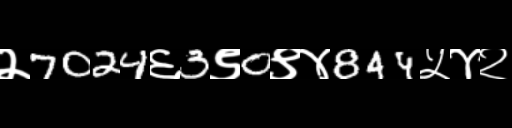
Text: २7024६3९0९४844५४२